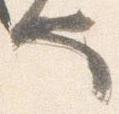
也